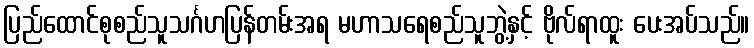
ပြည်ထောင်စုစည်သူသင်္ဂဟပြန်တမ်းအရ မဟာသရေစည်သူဘွဲ့နှင့် ဗိုလ်ရာထူး ပေးအပ်သည်။